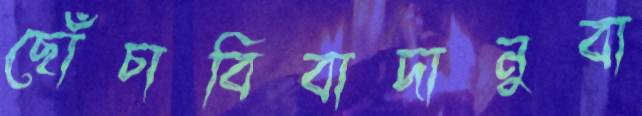
ছোঁচাবিবাদানুবা